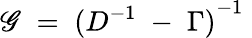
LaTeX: \mathscr{G}\; =\; {(D^{-1}\; -\; \Gamma)}^{-1}\;